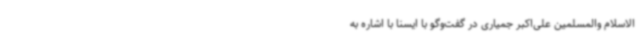
‌الاسلام والمسلمین علی‌اکبر جمیاری در گفت‌وگو با ایسنا با اشاره به